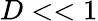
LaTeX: D<<1